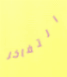
التفاخر